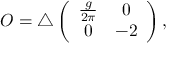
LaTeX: { \cal O } = \triangle \left( \begin{array} { c c } { { \frac { g } { 2 \pi } } } & { { 0 } } \\ { { 0 } } & { { - 2 } } \end{array} \right) ,